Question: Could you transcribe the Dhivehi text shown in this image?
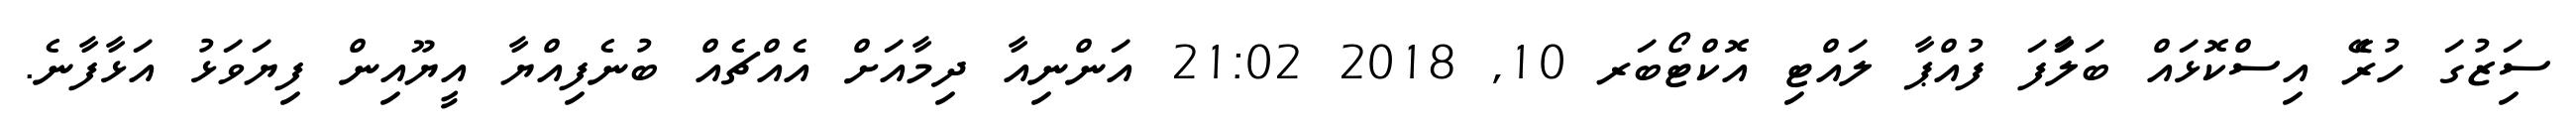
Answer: ސަިޒުގަ ހުރެޭ އިސްކޮޅައް ބަލަާފަ ފުއްޕާ ލައްޓި އޮކްޓޯބަރ 10, 2018 21:02 އަންނިއާ ދިމާއަށް އެއްޗެއް ބުނެފިއްޔާ އީޔޫއިން ފިޔަވަޅު އަޅާފާނެ.